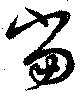
当